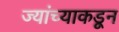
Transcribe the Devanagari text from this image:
ज्यांच्याकडून